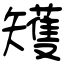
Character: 矱